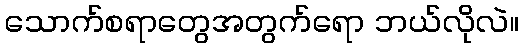
သောက်စရာတွေအတွက်ရော ဘယ်လိုလဲ။